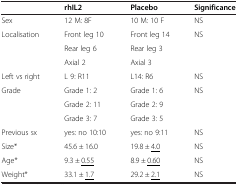
<table><thead><tr><td><b> </b></td><td><b>rhIL2</b></td><td><b>Placebo</b></td><td><b>Significance</b></td></tr></thead><tbody><tr><td>Sex</td><td>12 M: 8F</td><td>10 M: 10 F</td><td>NS</td></tr><tr><td rowspan="3">Localisation</td><td>Front leg 10</td><td>Front leg 14</td><td rowspan="3">NS</td></tr><tr><td>Rear leg 6</td><td>Rear leg 3</td></tr><tr><td>Axial 2</td><td>Axial 3</td></tr><tr><td>Left vs right</td><td>L 9: R11</td><td>L14: R6</td><td>NS</td></tr><tr><td rowspan="3">Grade</td><td>Grade 1: 2</td><td>Grade 1: 6</td><td rowspan="3">NS</td></tr><tr><td>Grade 2: 11</td><td>Grade 2: 9</td></tr><tr><td>Grade 3: 7</td><td>Grade 3: 5</td></tr><tr><td>Previous sx</td><td>yes: no 10:10</td><td>yes: no 9:11</td><td>NS</td></tr><tr><td>Size*</td><td>45.6 ± 16.0</td><td>19.8 ± <underline>4.0</underline></td><td>NS</td></tr><tr><td>Age*</td><td>9.3 ± <underline>0.55</underline></td><td>8.9 ± <underline>0.60</underline></td><td>NS</td></tr><tr><td>Weight*</td><td>33.1 ± <underline>1.7</underline></td><td>29.2 ± <underline>2.1</underline></td><td>NS</td></tr></tbody></table>